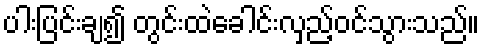
ပါးပြင်းချ၍ တွင်းထဲခေါင်းလှည့်ဝင်သွားသည်။